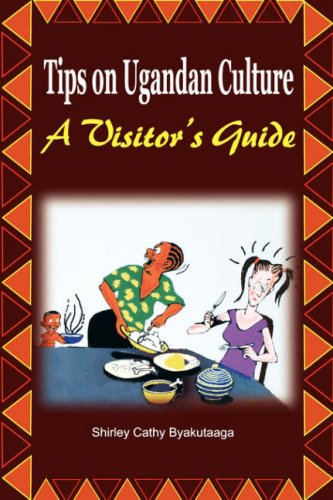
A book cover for Tips on Ugandan Culture. a Visitor's Guide; Shirley Cathy Byakutaaga; Travel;